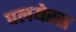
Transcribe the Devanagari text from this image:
पलयेरस